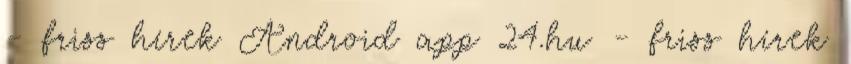
- friss hírek Android app 24.hu - friss hírek